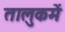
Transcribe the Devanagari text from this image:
तालुकमें